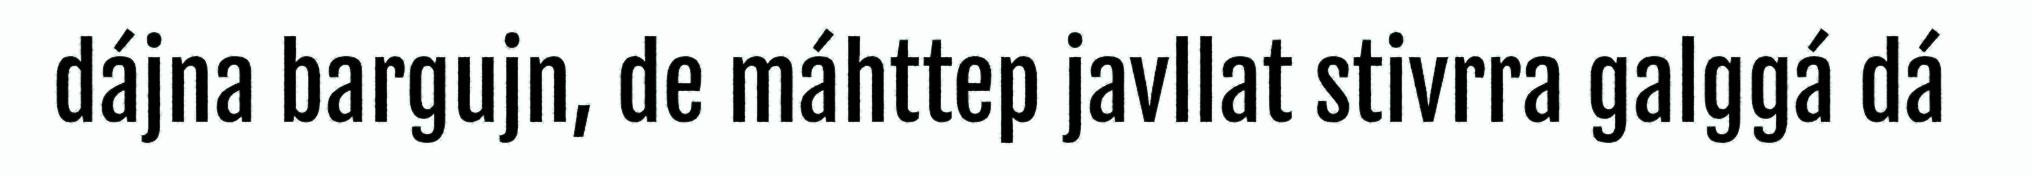
dájna bargujn, de máhttep javllat stivrra galggá dá